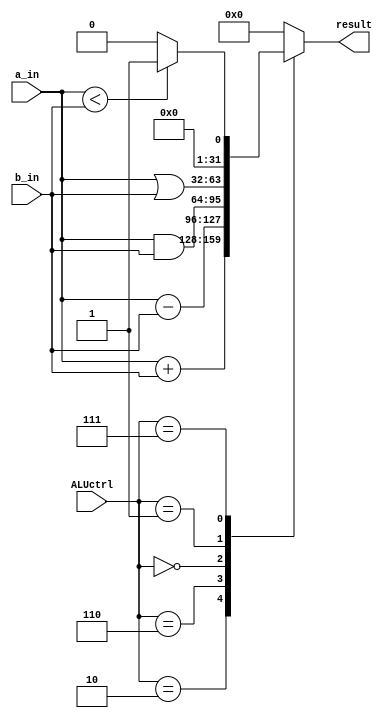
`timescale 1ns/10ps
module ALU(
    input signed [31:0] a_in,
    input signed [31:0] b_in, // 32bit input
    input [2:0] ALUctrl, // control signal from ALUControl
    output reg signed [31:0] result
);
always @(*)     
case(ALUctrl)
3'b010: result = a_in + b_in;
3'b110: result = a_in - b_in;
3'b000: result = a_in & b_in;
3'b001: result = a_in | b_in;
3'b111: result = (a_in < b_in) ? 1:0;
default: result = 0;
endcase
endmodule